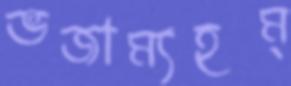
ভজাম্যহম্